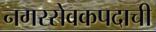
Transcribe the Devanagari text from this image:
नगरसेवकपदाची